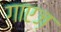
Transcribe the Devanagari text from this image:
गाएज़